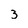
Character: 3